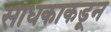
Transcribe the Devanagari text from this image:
साधकाकडून